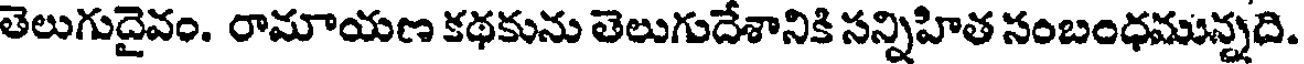
తెలుగుదైవం. రామాయణ కథకును తెలుగుదేశానికి సన్నిహిత సంబంధమున్నది.